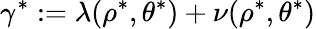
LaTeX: \gamma^{\ast}:=\lambda(\rho^{\ast},\theta^{\ast})+\nu(\rho^{\ast},\theta^{\ast})